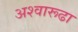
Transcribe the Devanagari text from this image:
अश्वारूढा